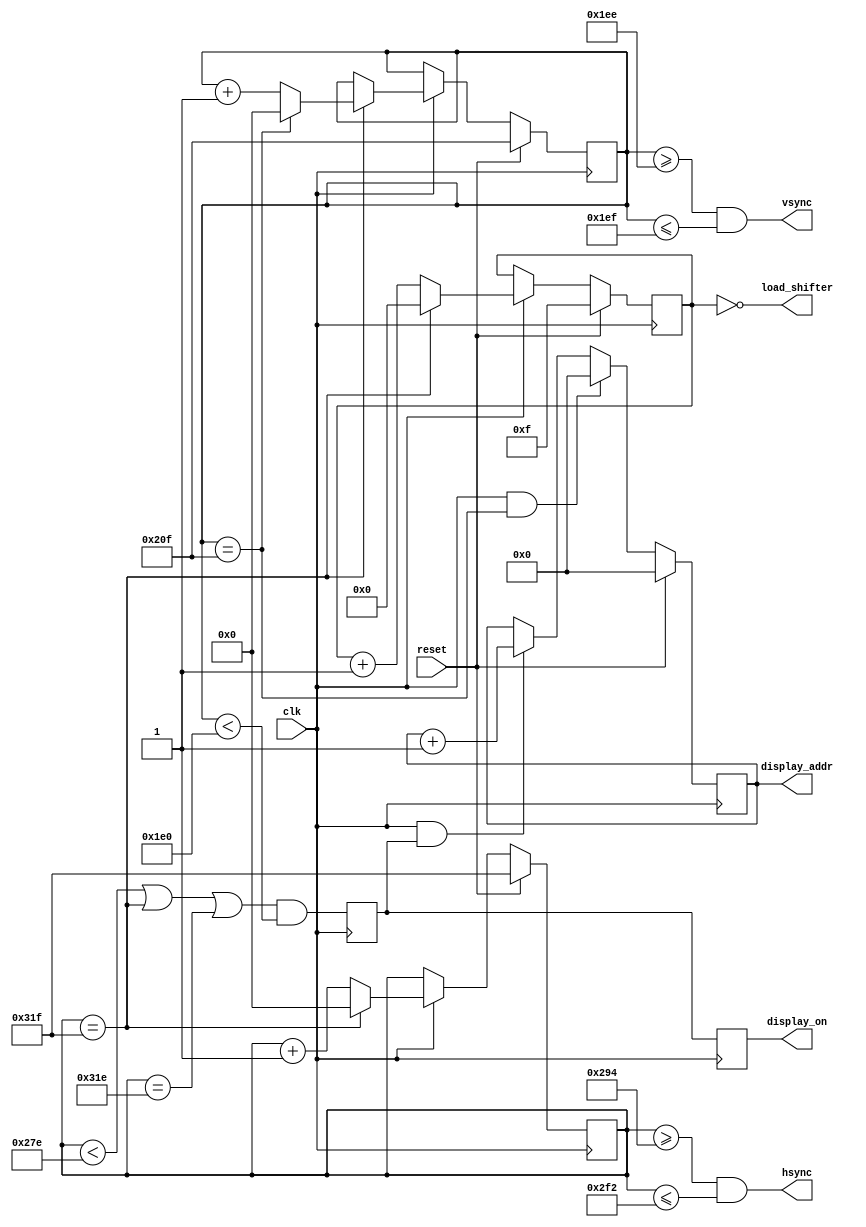
`ifndef HVSYNC_GENERATOR_H
`define HVSYNC_GENERATOR_H

/*
Video sync generator, used to drive a VGA monitor.
Timing from: https://en.wikipedia.org/wiki/Video_Graphics_Array
To use:
- Wire the hsync and vsync signals to top level outputs
- Add a 3-bit (or more) "rgb" output to the top level
*/

module hvsync_generator(clk, reset, hsync, vsync, display_on, display_addr, load_shifter);

  input clk;
  input reset;
  output hsync, vsync;
  output display_on;
  output reg [18:0] display_addr;
  output load_shifter;

  // declarations for VGA sync parameters
  // horizontal constants
  parameter H_DISPLAY       = 640; // horizontal display width
  parameter H_BACK          =  45; // horizontal left border (back porch)
  parameter H_FRONT         =  20; // horizontal right border (front porch)
  parameter H_SYNC          =  95; // horizontal sync width
  // vertical constants
  parameter V_DISPLAY       = 480; // vertical display height
  parameter V_TOP           =  32; // vertical top border
  parameter V_BOTTOM        =  14; // vertical bottom border
  parameter V_SYNC          =   2; // vertical sync # lines
  // derived constants
  parameter H_SYNC_START    = H_DISPLAY + H_FRONT;
  parameter H_SYNC_END      = H_DISPLAY + H_FRONT + H_SYNC - 1;
  parameter H_MAX           = H_DISPLAY + H_BACK + H_FRONT + H_SYNC - 1;
  parameter V_SYNC_START    = V_DISPLAY + V_BOTTOM;
  parameter V_SYNC_END      = V_DISPLAY + V_BOTTOM + V_SYNC - 1;
  parameter V_MAX           = V_DISPLAY + V_TOP + V_BOTTOM + V_SYNC - 1;
  
  reg display_on, display_on_early;
  reg [9:0] hpos;
  reg [9:0] vpos;
  reg [3:0] pixel_counter;
  
  always @(posedge clk)
  begin
    if (reset) begin
      hpos <= H_MAX;
      vpos <= V_MAX;
      pixel_counter <= 4'd15;
    end else if (clk) begin
      if (hpos == H_MAX) begin
        hpos <= 0;
	pixel_counter <= 0;
        if (vpos == V_MAX) vpos <= 0;
        else vpos <= vpos + 10'b1;
    end else begin
	hpos <= hpos + 10'b1;
	pixel_counter <= pixel_counter + 4'b1;
    end
    end
  end

  assign hsync = hpos >= H_SYNC_START && hpos <= H_SYNC_END;
  assign vsync = vpos >= V_SYNC_START && vpos <= V_SYNC_END;

  assign load_shifter = (pixel_counter == 0);
  
  always @(posedge clk)
  begin
    if (clk) begin
      display_on_early <= ((hpos < H_DISPLAY-2) || (hpos == H_MAX) || (hpos  == H_MAX-1)) && (vpos < V_DISPLAY);
      display_on <= display_on_early;
    end
  end

  always @(posedge clk)
  begin
    if (reset) display_addr <= 0;
    else if (clk && (vpos == V_MAX)) display_addr <= 0;
    else if (clk && display_on_early) display_addr <= display_addr + 1;
    /*else if (clk && display_on_early && (pixel_counter == 4'd15)) display_addr <= display_addr + 1; */
  end

endmodule

`endif